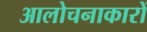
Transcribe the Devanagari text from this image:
आलोचनाकारों